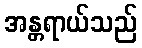
အန္တရာယ်သည်